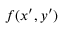
f ( x ^ { \prime } , y ^ { \prime } )